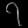
Digit: ၇